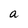
Character: a